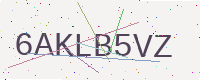
Text: 6AKLB5VZ